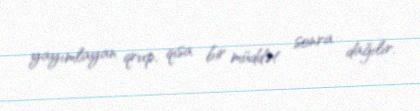
yayımlayan qrup, qısa bir müddət sonra dağılır.